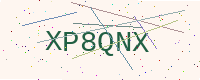
Text: XP8QNX